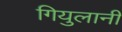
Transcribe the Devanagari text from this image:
गियुलानी